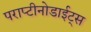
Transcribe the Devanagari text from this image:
पराप्टीनोडाईट्स